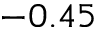
- 0 . 4 5